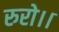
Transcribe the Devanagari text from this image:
रुरो।।